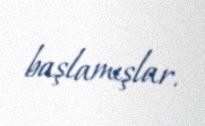
başlamışlar.